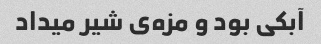
آبکی بود و مزه‌ی شیر میداد